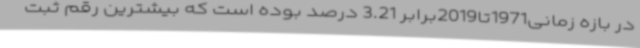
در بازه زمانی1971تا2019برابر 3.21 درصد بوده است که بیشترین رقم ثبت